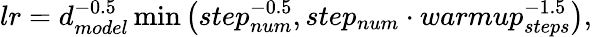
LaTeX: lr=d_{model}^{-0.5}\operatorname*{min}\left(step_{num}^{-0.5},step_{num}\cdot warmup_{steps}^{-1.5}\right),